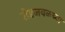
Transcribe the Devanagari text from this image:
रोडजवळच्या